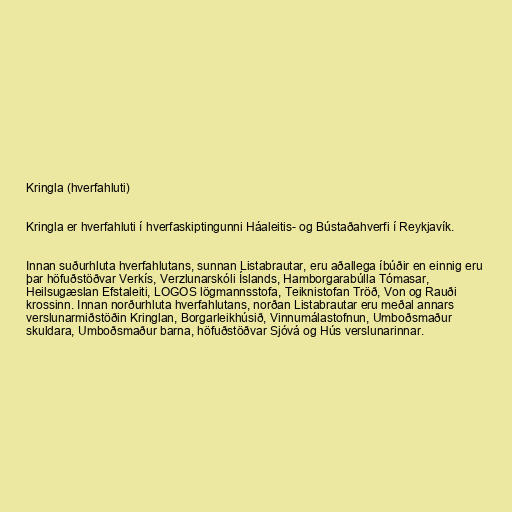
Kringla (hverfahluti)

Kringla er hverfahluti í hverfaskiptingunni Háaleitis- og Bústaðahverfi í Reykjavík.

Innan suðurhluta hverfahlutans, sunnan Listabrautar, eru aðallega íbúðir en einnig eru
þar höfuðstöðvar Verkís, Verzlunarskóli Íslands, Hamborgarabúlla Tómasar,
Heilsugæslan Efstaleiti, LOGOS lögmannsstofa, Teiknistofan Tröð, Von og Rauði
krossinn. Innan norðurhluta hverfahlutans, norðan Listabrautar eru meðal annars
verslunarmiðstöðin Kringlan, Borgarleikhúsið, Vinnumálastofnun, Umboðsmaður
skuldara, Umboðsmaður barna, höfuðstöðvar Sjóvá og Hús verslunarinnar.